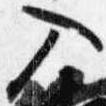
入